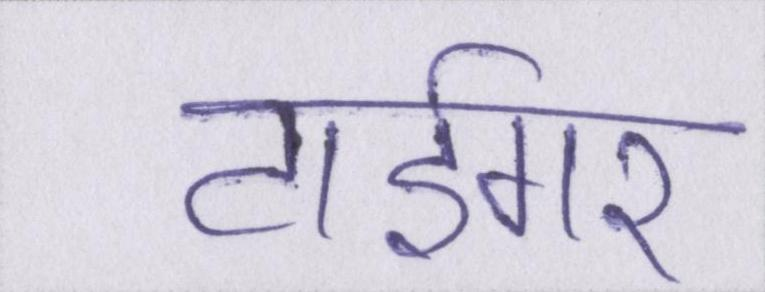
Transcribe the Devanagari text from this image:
टाईगर